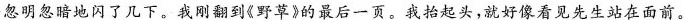
忽明忽暗地闪了几下。我刚翻到《野草》的最后一页。我抬起头，就好像看见先生站在面前。